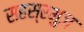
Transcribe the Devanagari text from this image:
सहस्रभुज